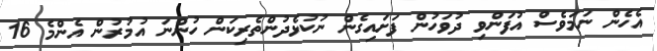
އެހެން ނަމަވެސް އުފަންވި ދުވަހުން ފަށައިގެން ނުކުޅެދުންތެރިކަން ހުންނަ އުމުރުން އެންމެ 16